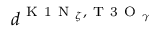
d ^ { \mathrm { ~ K ~ 1 ~ N ~ } _ { \zeta } , \mathrm { ~ T ~ 3 ~ O ~ } _ { \gamma } }